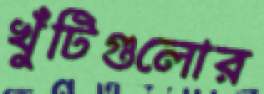
খুঁটিগুলোর